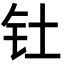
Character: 钍